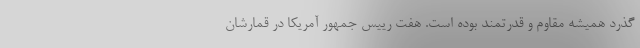
گذرد همیشه مقاوم و قدرتمند بوده است. هفت رییس جمهور آمریکا در قمارشان